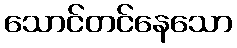
သောင်တင်နေသော